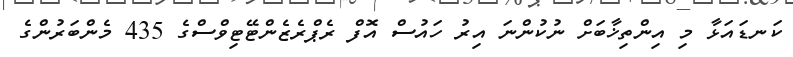
ކަނޑައަޅާ މި އިންތިޚާބަށް ނުކުންނަ އިރު ހައުސް އޮފް ރެޕްރެޒެންޓޭޓިވްސްގެ 435 މެންބަރުންގެ